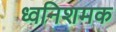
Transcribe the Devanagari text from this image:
ध्वनिशमक